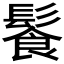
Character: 𩮍